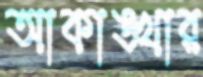
আকাঙ্খার